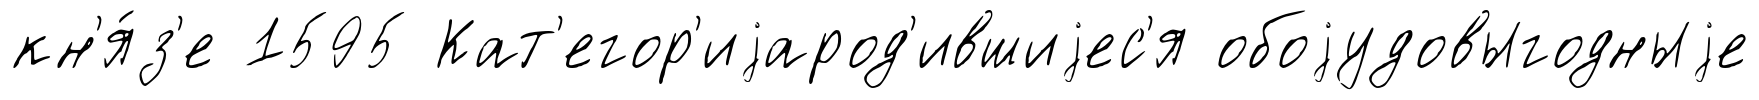
кн'я́з'е 1595 Кат'егор'иjарод'ившиjес'я обоjудовыгодныjе